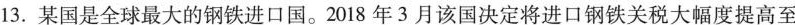
13.某国是全球最大的钢铁进口国。2018年3月该国决定将进口钢铁关税大幅度提高至